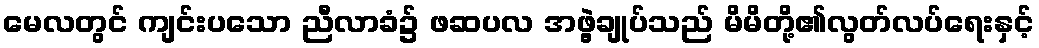
မေလတွင် ကျင်းပသော ညီလာခံ၌ ဖဆပလ အဖွဲ့ချုပ်သည် မိမိတို့၏လွတ်လပ်ရေးနှင့်